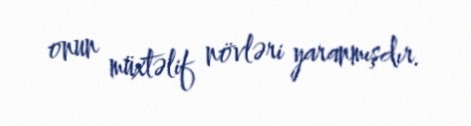
onun müxtəlif növləri yaranmışdır.